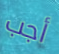
أجب